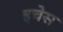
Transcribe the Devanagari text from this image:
इचेस